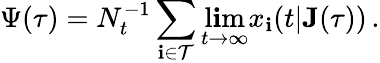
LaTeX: \Psi(\tau)=N_{t}^{-1}\sum_{\mathbf{i}\in\mathcal{{T}}}\operatorname*{l\mathbf{i}m}_{t\rightarrow\infty}x_{\mathbf{i}}(t|\mathbf{{J}}(\tau))\, .